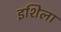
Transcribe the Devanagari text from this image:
इशिला